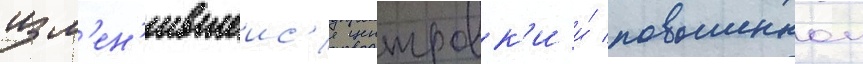
изм'ен'ившеис'я центровк'и и́ повышеннои